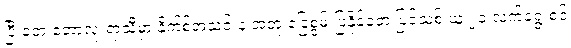
ပြီးခဲ့တဲ့ ဘောလုံးရာသီမှာ နိုက်စ်အသင်းနဲ့ အတူ ခြေစွမ်းပြနိုင်ခဲ့တဲ့ ပြင်သစ် ယူ ၂၁ လက်ရွေးစင်